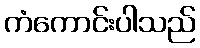
ကံကောင်းပါသည်